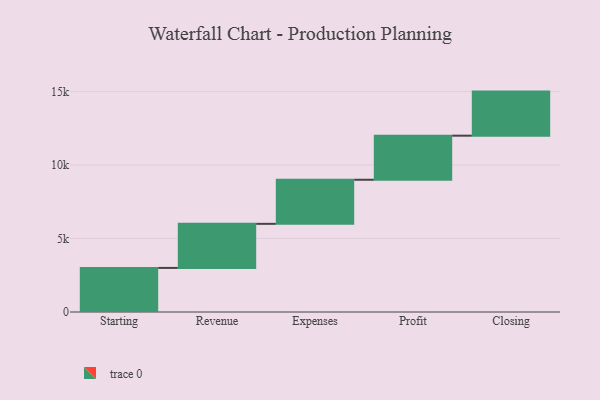
{"axis": {"x": "Step", "y": "Value"}, "legend": [""], "data": [{"x": "Starting", "y": 3000, "type": ""}, {"x": "Revenue", "y": 3000, "type": ""}, {"x": "Expenses", "y": 3000, "type": ""}, {"x": "Profit", "y": 3000, "type": ""}, {"x": "Closing", "y": 3000, "type": ""}]}